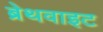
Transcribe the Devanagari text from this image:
ब्रेथवाइट